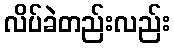
လိပ်ခဲတည်းလည်း